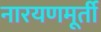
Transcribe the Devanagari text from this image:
नारयणमूर्ती